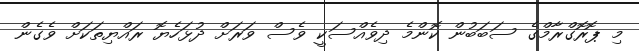
މި ޕޮރޮގްރާމްގެ ސަބަބުން ކޮންމެ ދިވެއްސަކީ ވެސް ވަރަށް ދުޅަހެޔޮ ރައްޔިތަކަށް ވެގެން